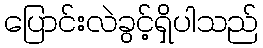
ပြောင်းလဲခွင့်ရှိပါသည်